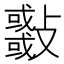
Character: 𣀨